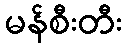
မန်စီးတီး